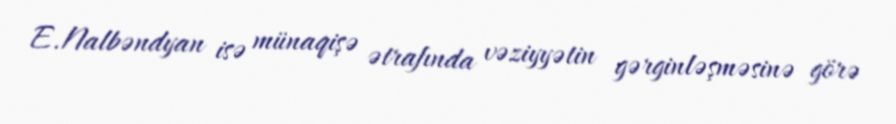
E.Nalbəndyan isə münaqişə ətrafında vəziyyətin gərginləşməsinə görə